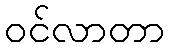
ဝင်လာတာ